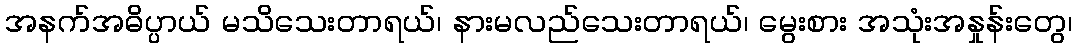
အနက်အဓိပ္ပာယ် မသိသေးတာရယ်၊ နားမလည်သေးတာရယ်၊ မွေးစား အသုံးအနှုန်းတွေ၊